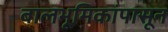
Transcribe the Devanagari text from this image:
बालभूमिकांपासून